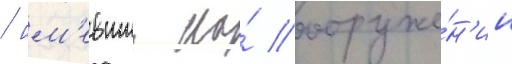
/ им'евшии на́ вооруже́н'ии